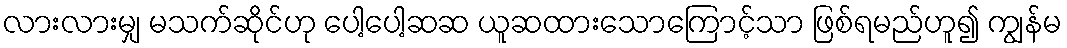
လားလားမျှ မသက်ဆိုင်ဟု ပေါ့ပေါ့ဆဆ ယူဆထားသောကြောင့်သာ ဖြစ်ရမည်ဟူ၍ ကျွန်မ